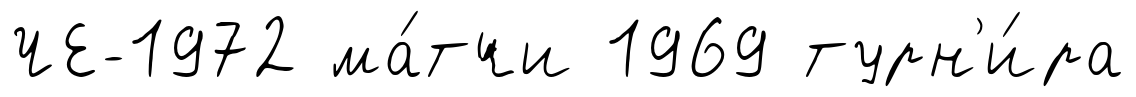
ЧЕ-1972 ма́тчи 1969 турн'и́ра